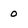
Character: 0